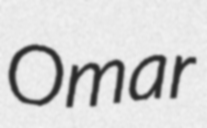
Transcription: Omar